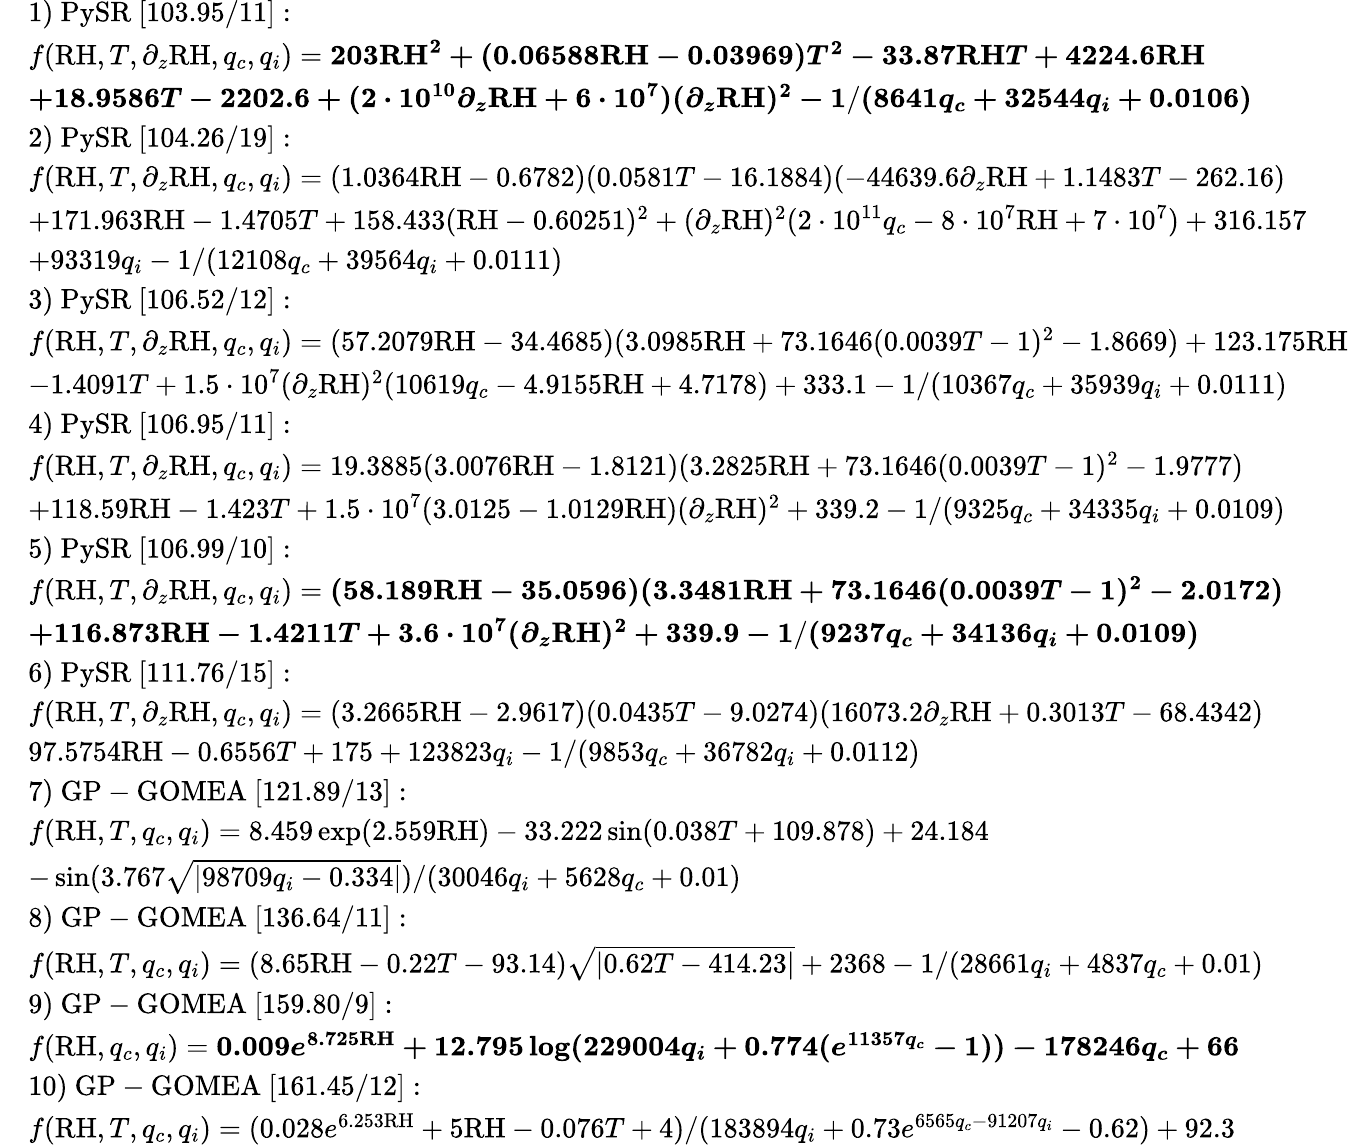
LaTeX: \begin{array}{rl}&{\mathrm{1)~PySR~}[103.95/11]:}\\ &{f(\mathrm{RH},T,\partial_{z}\mathrm{RH},q_{c},q_{i})=\boldsymbol{203\mathrm{RH}^{2}+(0.06588\mathrm{RH}-0.03969)T^{2}-33.87\mathrm{RH}T+4224.6\mathrm{RH}}}\\ &{\boldsymbol{+18.9586T-2202.6+(2\cdot 10^{10}\partial_{z}\mathrm{RH}+6\cdot 10^{7})(\partial_{z}\mathrm{RH})^{2}-1/(8641q_{c}+32544q_{i}+0.0106)}}\\ &{\mathrm{2)~PySR~}[104.26/19]:}\\ &{f(\mathrm{RH},T,\partial_{z}\mathrm{RH},q_{c},q_{i})=(1.0364\mathrm{RH}-0.6782)(0.0581T-16.1884)(-44639.6\partial_{z}\mathrm{RH}+1.1483T-262.16)}\\ &{+171.963\mathrm{RH}-1.4705T+158.433(\mathrm{RH}-0.60251)^{2}+(\partial_{z}\mathrm{RH})^{2}(2\cdot 10^{11}q_{c}-8\cdot 10^{7}\mathrm{RH}+7\cdot 10^{7})+316.157}\\ &{+93319q_{i}-1/(12108q_{c}+39564q_{i}+0.0111)}\\ &{\mathrm{3)~PySR~}[106.52/12]:}\\ &{f(\mathrm{RH},T,\partial_{z}\mathrm{RH},q_{c},q_{i})=(57.2079\mathrm{RH}-34.4685)(3.0985\mathrm{RH}+73.1646(0.0039T-1)^{2}-1.8669)+123.175\mathrm{RH}}\\ &{-1.4091T+1.5\cdot 10^{7}(\partial_{z}\mathrm{RH})^{2}(10619q_{c}-4.9155\mathrm{RH}+4.7178)+333.1-1/(10367q_{c}+35939q_{i}+0.0111)}\\ &{\mathrm{4)~PySR~}[106.95/11]:}\\ &{f(\mathrm{RH},T,\partial_{z}\mathrm{RH},q_{c},q_{i})=19.3885(3.0076\mathrm{RH}-1.8121)(3.2825\mathrm{RH}+73.1646(0.0039T-1)^{2}-1.9777)}\\ &{+118.59\mathrm{RH}-1.423T+1.5\cdot 10^{7}(3.0125-1.0129\mathrm{RH})(\partial_{z}\mathrm{RH})^{2}+339.2-1/(9325q_{c}+34335q_{i}+0.0109)}\\ &{\mathrm{5)~PySR~}[106.99/10]:}\\ &{f(\mathrm{RH},T,\partial_{z}\mathrm{RH},q_{c},q_{i})=\boldsymbol{(58.189\mathrm{RH}-35.0596)(3.3481\mathrm{RH}+73.1646(0.0039T-1)^{2}-2.0172)}}\\ &{\boldsymbol{+116.873\mathrm{RH}-1.4211T+3.6\cdot 10^{7}(\partial_{z}\mathrm{RH})^{2}+339.9-1/(9237q_{c}+34136q_{i}+0.0109)}}\\ &{\mathrm{6)~PySR~}[111.76/15]:}\\ &{f(\mathrm{RH},T,\partial_{z}\mathrm{RH},q_{c},q_{i})=(3.2665\mathrm{RH}-2.9617)(0.0435T-9.0274)(16073.2\partial_{z}\mathrm{RH}+0.3013T-68.4342)}\\ &{97.5754\mathrm{RH}-0.6556T+175+123823q_{i}-1/(9853q_{c}+36782q_{i}+0.0112)}\\ &{\mathrm{7)~GP-GOMEA~}[121.89/13]:}\\ &{f(\mathrm{\mathrm{RH}},T,q_{c},q_{i})=8.459\exp(2.559\mathrm{RH})-33.222\sin(0.038T+109.878)+24.184}\\ &{-\sin(3.767\sqrt{\vert 98709q_{i}-0.334\vert})/(30046q_{i}+5628q_{c}+0.01)}\\ &{\mathrm{8)~GP-GOMEA~}[136.64/11]:}\\ &{f(\mathrm{\mathrm{RH}},T,q_{c},q_{i})=(8.65\mathrm{RH}-0.22T-93.14)\sqrt{\vert 0.62T-414.23\vert}+2368-1/(28661q_{i}+4837q_{c}+0.01)}\\ &{\mathrm{9)~GP-GOMEA~}[159.80/9]:}\\ &{f(\mathrm{\mathrm{RH}},q_{c},q_{i})=\boldsymbol{0.009e^{8.725\mathrm{RH}}+12.795\log(229004q_{i}+0.774(e^{11357q_{c}}-1))-178246q_{c}+66}}\\ &{\mathrm{10)~GP-GOMEA~}[161.45/12]:}\\ &{f(\mathrm{\mathrm{RH}},T,q_{c},q_{i})=(0.028e^{6.253\mathrm{RH}}+5\mathrm{RH}-0.076T+4)/(183894q_{i}+0.73e^{6565q_{c}-91207q_{i}}-0.62)+92.3}\end{array}